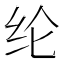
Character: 纶